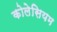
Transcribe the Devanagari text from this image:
कोलेसियम